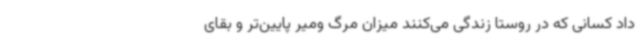
داد کسانی که در روستا زندگی می‌کنند میزان مرگ ومیر پایین‌تر و بقای